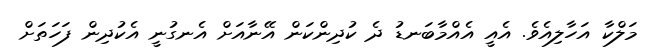
މަލްކާ އަހާލިއެވެ. އެއީ އެއްމާބަނޑު ދެ ކުދިންކަން އޭނާއަށް އެނގުނީ އެކުދިން ފަހަތަށް